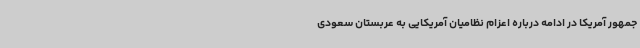
جمهور آمریکا در ادامه درباره اعزام نظامیان آمریکایی به عربستان سعودی